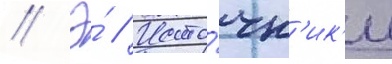
// Э́ // Исто́чн'ик'и